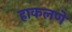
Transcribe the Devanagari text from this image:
हाकलणे